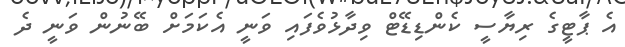
އެ ޕާޓީގެ ރިޔާސީ ކެންޑިޑޭޓް ވިދާޅުވެފައި ވަނީ އެކަމަށް ބޭނުން ވަނީ ދެ